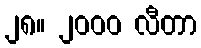
၂၈။ ၂၀၀၀ လီတာ